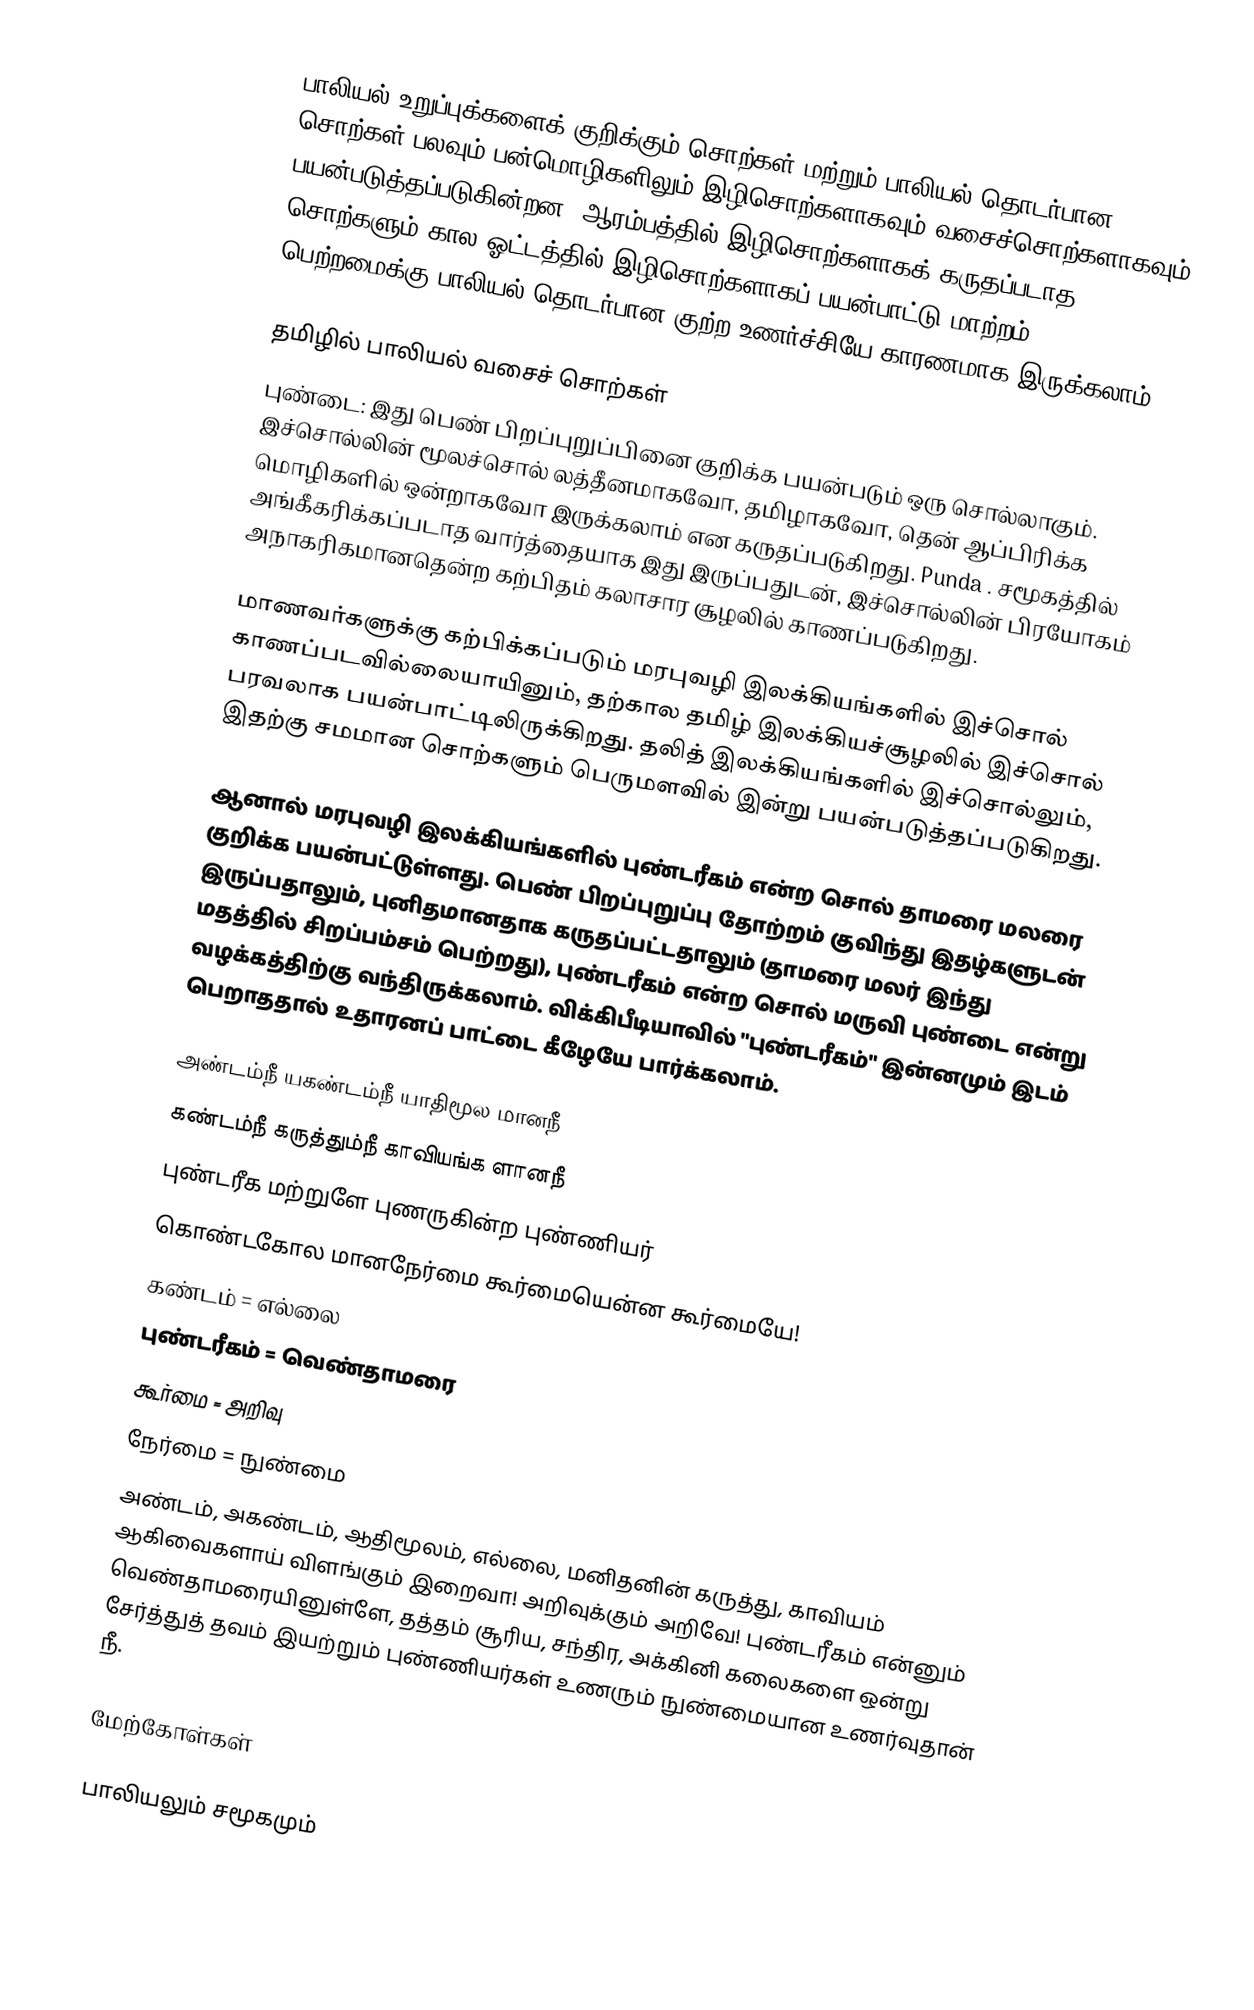
பாலியல் உறுப்புக்களைக் குறிக்கும் சொற்கள் மற்றும் பாலியல் தொடர்பான சொற்கள் பலவும் பன்மொழிகளிலும் இழிசொற்களாகவும் வசைச்சொற்களாகவும் பயன்படுத்தப்படுகின்றன. ஆரம்பத்தில் இழிசொற்களாகக் கருதப்படாத சொற்களும் கால ஓட்டத்தில் இழிசொற்களாகப் பயன்பாட்டு மாற்றம் பெற்றமைக்கு பாலியல் தொடர்பான குற்ற உணர்ச்சியே காரணமாக இருக்கலாம்.

தமிழில் பாலியல் வசைச் சொற்கள்
புண்டை: இது பெண் பிறப்புறுப்பினை குறிக்க பயன்படும் ஒரு சொல்லாகும்.  இச்சொல்லின்  மூலச்சொல்  லத்தீனமாகவோ, தமிழாகவோ, தென் ஆப்பிரிக்க மொழிகளில் ஒன்றாகவோ இருக்கலாம் என கருதப்படுகிறது. Punda . சமூகத்தில் அங்கீகரிக்கப்படாத வார்த்தையாக இது இருப்பதுடன், இச்சொல்லின் பிரயோகம் அநாகரிகமானதென்ற கற்பிதம் கலாசார சூழலில் காணப்படுகிறது.

மாணவர்களுக்கு கற்பிக்கப்படும் மரபுவழி இலக்கியங்களில் இச்சொல் காணப்படவில்லையாயினும், தற்கால தமிழ் இலக்கியச்சூழலில் இச்சொல் பரவலாக பயன்பாட்டிலிருக்கிறது. தலித்  இலக்கியங்களில் இச்சொல்லும், இதற்கு சமமான சொற்களும் பெருமளவில் இன்று பயன்படுத்தப்படுகிறது.

ஆனால் மரபுவழி இலக்கியங்களில் புண்டரீகம் என்ற சொல் தாமரை மலரை குறிக்க பயன்பட்டுள்ளது. பெண் பிறப்புறுப்பு தோற்றம் குவிந்து இதழ்களுடன் இருப்பதாலும், புனிதமானதாக கருதப்பட்டதாலும் (தாமரை மலர் இந்து மதத்தில் சிறப்பம்சம் பெற்றது), புண்டரீகம் என்ற சொல் மருவி புண்டை என்று வழக்கத்திற்கு வந்திருக்கலாம். விக்கிபீடியாவில் "புண்டரீகம்" இன்னமும் இடம் பெறாததால் உதாரனப் பாட்டை கீழேயே பார்க்கலாம்.

அண்டம்நீ யகண்டம்நீ யாதிமூல மானநீ
கண்டம்நீ கருத்தும்நீ காவியங்க ளானநீ
புண்டரீக மற்றுளே புணருகின்ற புண்ணியர்
கொண்டகோல மானநேர்மை கூர்மையென்ன கூர்மையே!
கண்டம் = எல்லை
புண்டரீகம் = வெண்தாமரை
கூர்மை = அறிவு
நேர்மை = நுண்மை
அண்டம், அகண்டம், ஆதிமூலம், எல்லை, மனிதனின் கருத்து, காவியம் ஆகிவைகளாய் விளங்கும் இறைவா! அறிவுக்கும் அறிவே! புண்டரீகம் என்னும் வெண்தாமரையினுள்ளே, தத்தம் சூரிய, சந்திர, அக்கினி கலைகளை ஒன்று சேர்த்துத் தவம் இயற்றும் புண்ணியர்கள் உணரும் நுண்மையான உணர்வுதான் நீ.

மேற்கோள்கள்

பாலியலும் சமூகமும்